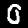
Digit: 0